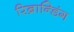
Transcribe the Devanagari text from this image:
रिब्रान्डिंग